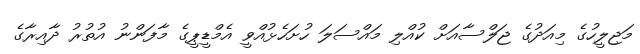
މަޖިލީހުގެ މިއަދުގެ ޖަލްސާއަށް ކުއްލި މައްސަލަ ހުށަހެޅުއްވީ އެމްޑީޕީގެ މާފަންނު އުތުރު ދާއިރާގެ